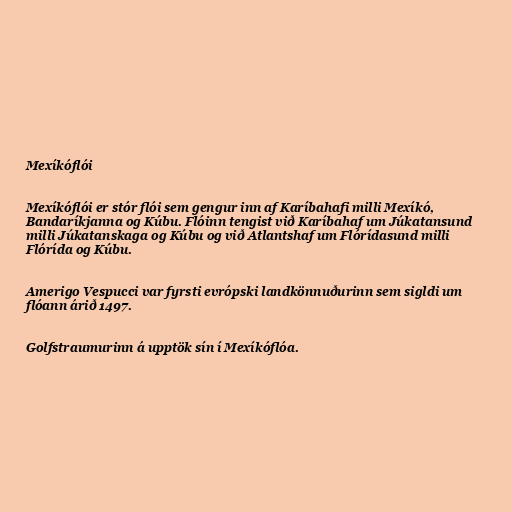
Mexíkóflói

Mexíkóflói er stór flói sem gengur inn af Karíbahafi milli Mexíkó,
Bandaríkjanna og Kúbu. Flóinn tengist við Karíbahaf um Júkatansund
milli Júkatanskaga og Kúbu og við Atlantshaf um Flórídasund milli
Flórída og Kúbu.

Amerigo Vespucci var fyrsti evrópski landkönnuðurinn sem sigldi um
flóann árið 1497.

Golfstraumurinn á upptök sín í Mexíkóflóa.